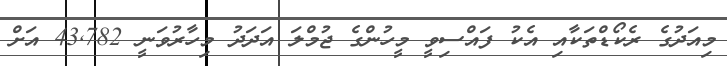
މިއަދުގެ ރެކޯޑްތަކާއި އެކު ފައްސިވީ މީހުންގެ ޖުމްލަ އަދަދު މިހާރުވަނީ 43